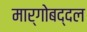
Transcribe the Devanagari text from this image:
मार्गोबद्दल